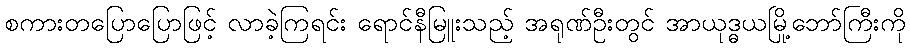
စကားတပြောပြောဖြင့် လာခဲ့ကြရင်း ရောင်နီမြူးသည့် အရုဏ်ဦးတွင် အာယုဒ္ဓယမြို့ဘော်ကြီးကို